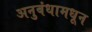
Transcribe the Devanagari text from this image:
अनुबंधामधून